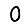
Digit: 0